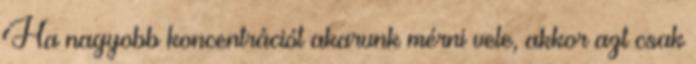
Ha nagyobb koncentrációt akarunk mérni vele, akkor azt csak